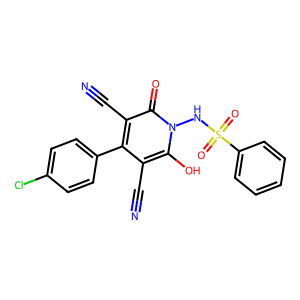
SMILES: N#Cc1c(-c2ccc(Cl)cc2)c(C#N)c(=O)n(NS(=O)(=O)c2ccccc2)c1O
Inhibits HIV replication: No